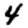
Digit: 4